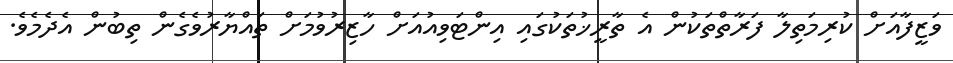
ވަޒީފާއަށް ކުރިމަތިލާ ފަރާތްތަކުން އެ ތާރީޚުތަކުގައި އިންޓަވިއުއަށް ހާޒިރުވުމަށް ތައްޔާރުވެގެން ތިބުން އެދެމެވެ.